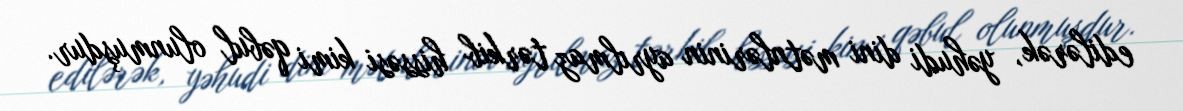
edilərək, yəhudi dini mətnlərinin ayrılmaz tərkib hissəsi kimi qəbul olunmuşdur.